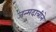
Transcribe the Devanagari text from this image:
जन्मदात्रीने